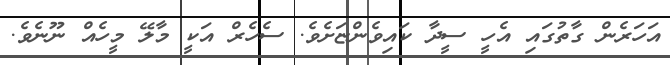
އަހަރެން ގާތުގައި އެހީ ސީދާ ކައިވެންޏަށެވެ. ސެހެރް އަކީ މާލޭ މީހެއް ނޫނެވެ.